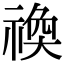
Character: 𬓋